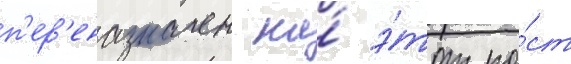
п'ер'еназначен на́ э́тот по́ст